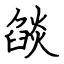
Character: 燄